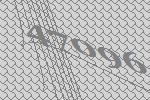
47096